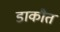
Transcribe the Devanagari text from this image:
डाकौत